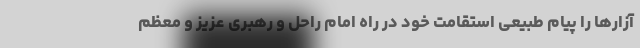
آزارها را پیام طبیعی استقامت خود در راه امام راحل و رهبری عزیز و معظم